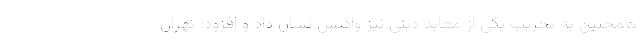
همچنین به تخریب یکی از معابد دینی نیز واکنش نشان داد و افزود: تهران